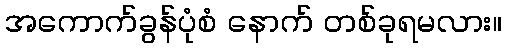
အကောက်ခွန်ပုံစံ နောက် တစ်ခုရမလား။